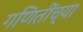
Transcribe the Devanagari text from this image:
गणितींच्या